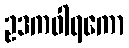
ဥဒကဝါရကော